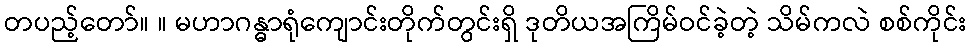
တပည့်တော်။ ။ မဟာဂန္ဓာရုံကျောင်းတိုက်တွင်းရှိ ဒုတိယအကြိမ်ဝင်ခဲ့တဲ့ သိမ်ကလဲ စစ်ကိုင်း